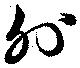
外